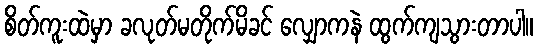
စိတ်ကူးထဲမှာ ခလုတ်မတိုက်မိခင် လျှောကနဲ ထွက်ကျသွားတာပါ။